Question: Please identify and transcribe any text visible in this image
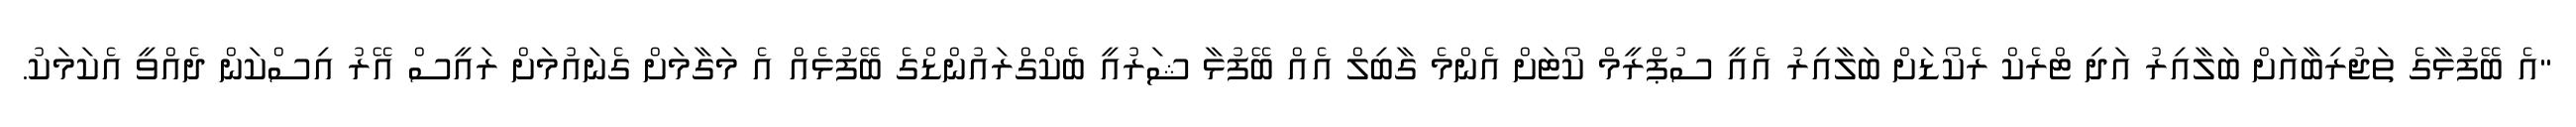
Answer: "އެ ބޭފުޅާގެ ތަޖުރިބާއަށް ބަލާއިރު އަދި ޓްރެކް ރެކޯޑަށް ބަލާއިރު އެއީ ސުޕްރީމް ކޯޓަށް އެންމެ ގާބިލް އެއް ބޭފުޅާ ޝަރުއީ ބެކްގްރައުންޑްގެ ބޭފުޅެއް އެ މަގާމަށް ގެނައުމަށް ރައީސް އޭރު އިސްކަން ދެއްވީ އެކަމަކު.